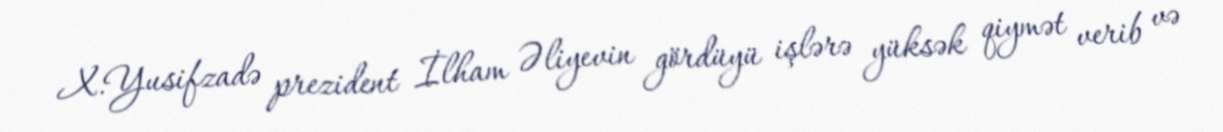
X.Yusifzadə prezident İlham Əliyevin gördüyü işlərə yüksək qiymət verib və